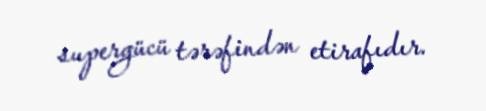
supergücü tərəfindən etirafıdır.